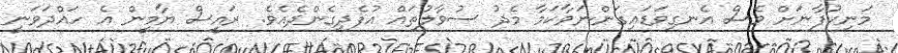
މަނިކުފާނަށް ވެސް އެނގިވަޑައިގަންނަވާކަމާ މެދު ސުވާލުތައް އުފެދިގެންދެއެވެ. ރައީސް ޔާމީން އެ ހައްދަވަނީ